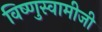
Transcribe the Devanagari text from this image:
विष्णुस्वामीजी